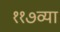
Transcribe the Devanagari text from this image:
११७व्या